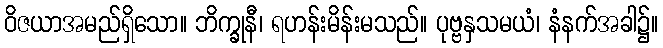
ဝိဇယာအမည်ရှိသော။ ဘိက္ခုနီ၊ ရဟန်းမိန်းမသည်။ ပုဗ္ဗနှသမယံ၊ နံနက်အခါ၌။